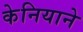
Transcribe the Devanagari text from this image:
केनियाने